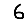
Digit: 6